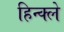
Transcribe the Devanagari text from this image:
हिन्क्ले